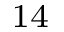
^ { 1 4 }